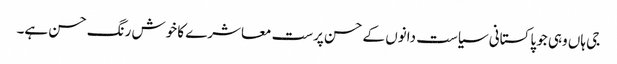
جی ہاں وہی جو پاکستانی سیاست دانوں کے حسن پرست معاشرے کا خوش رنگ حسن ہے۔